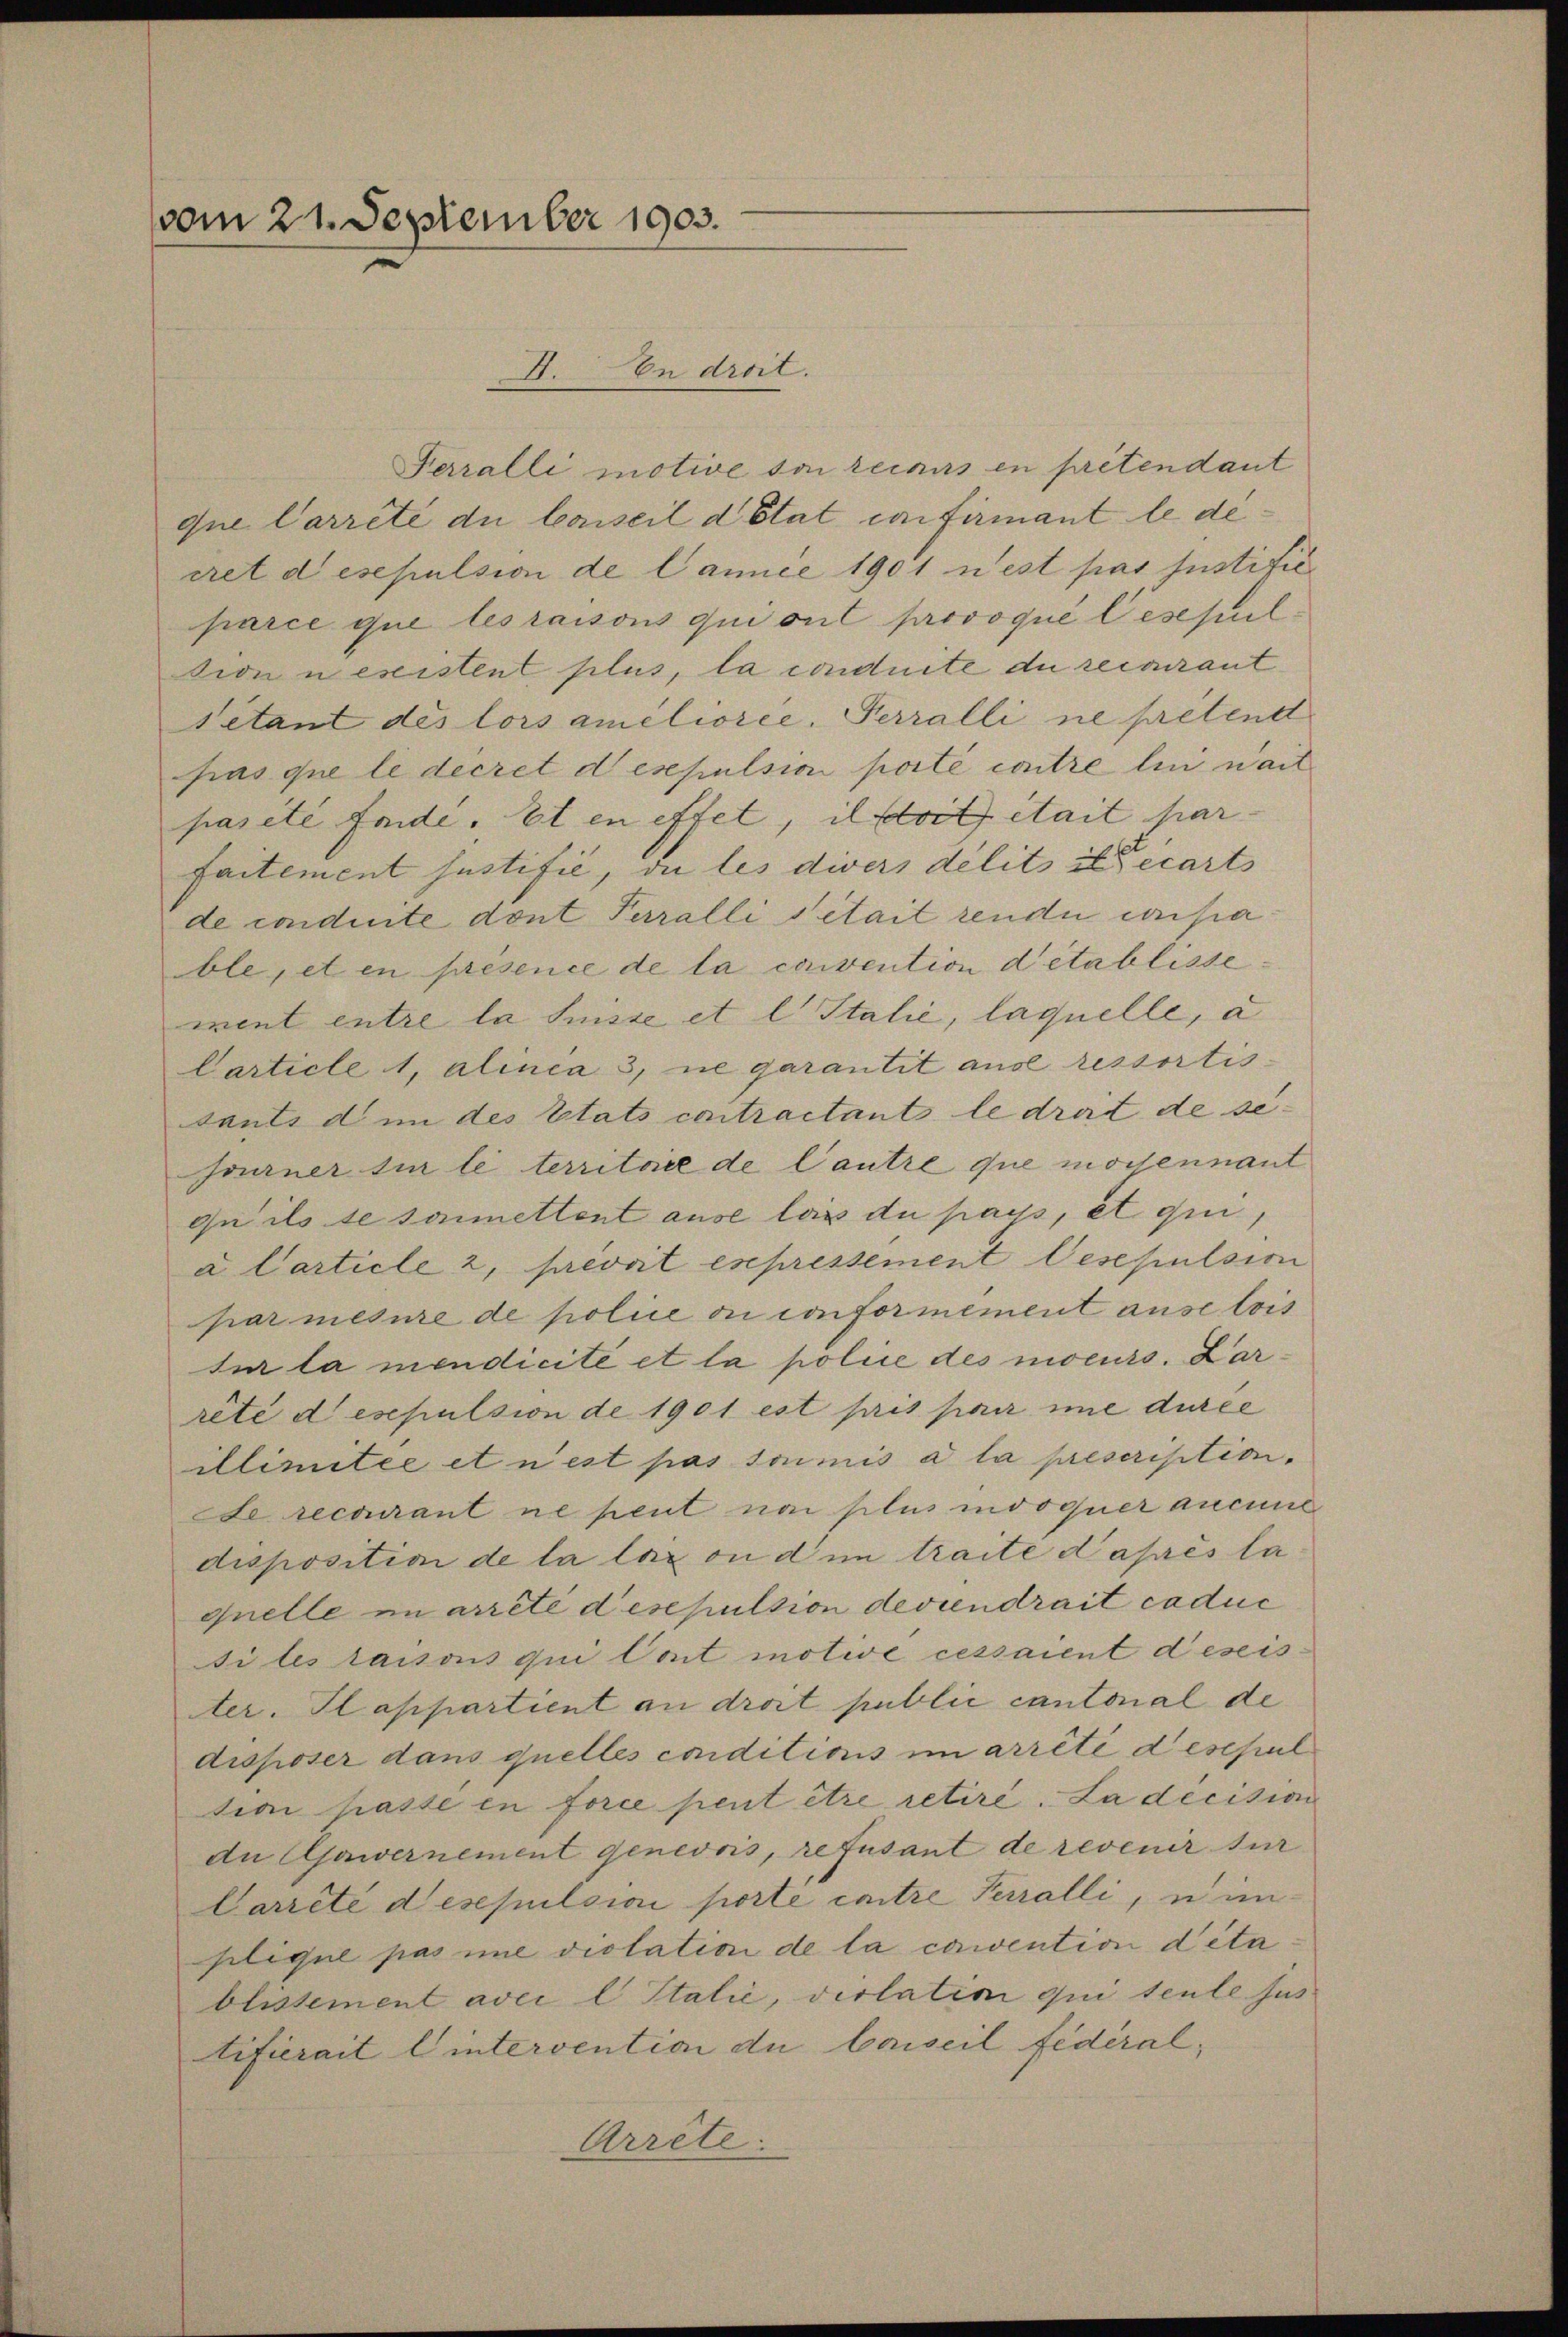
vom 21. September 1903.

Feralli motive von recours en prétendant
que Carreté du Conseil d’Etat confirmant le de
cret desepulsion de Cance 1901 nest pas Justific
parce que les raisons qui ont provoque lesepul
tion u esistent plus, la conduite du reconnant
Setant des lors améliorée. Perrolli ne pretent
pas que le decret desepulsion porté contre lin nach
pas été fonde. Et en effet, il soit était par
faitement justifie, die les divers délits in carts
de condirte dont Terralli detait rende unsia
ble, et en présence de la convention detablisse:
viel entre la Suisse et l. Italie, laquelle, a
Carticle 1, alinia 3, ne garantit aus ressortis-
sants den des Etats contractants le drait de sejourner sie le territore de l’autre que mochennant
qu ils se soumettent ause las du pass, et qui,
a Carticle 2, prevoit expressement Oesepulsion
par mesure de police ou conformément ause lois
si la mendicite et la police des moeurs. Darrete deschulsion de 1901 est pris par une durée
illimitee et n’est pas soumis a la prescription.
Le recourant ne peut nai plus indoquer aucune
disposition de la loix ou dem traite d’après la
quelle in arreté desepulsion deviendrait caduc
siles raisons qui Cont motive cessaient desers
ter. Sappartient an droit public cantonal de
disposer dans quelles conditions im arrêté deschul
tion passé en force peut être retire. La décision
dn Ajawernement genevois, refusant de revenir tur
Carreté desepulsion porte entre Peralli, u imsilique pas une violation de la camention detablissement avec l Italie, violation qui tente fus
tifierait lintervention du Carseil fédéral,
Arrête.

. In droit.